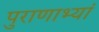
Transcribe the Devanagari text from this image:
पुराणाभ्यां